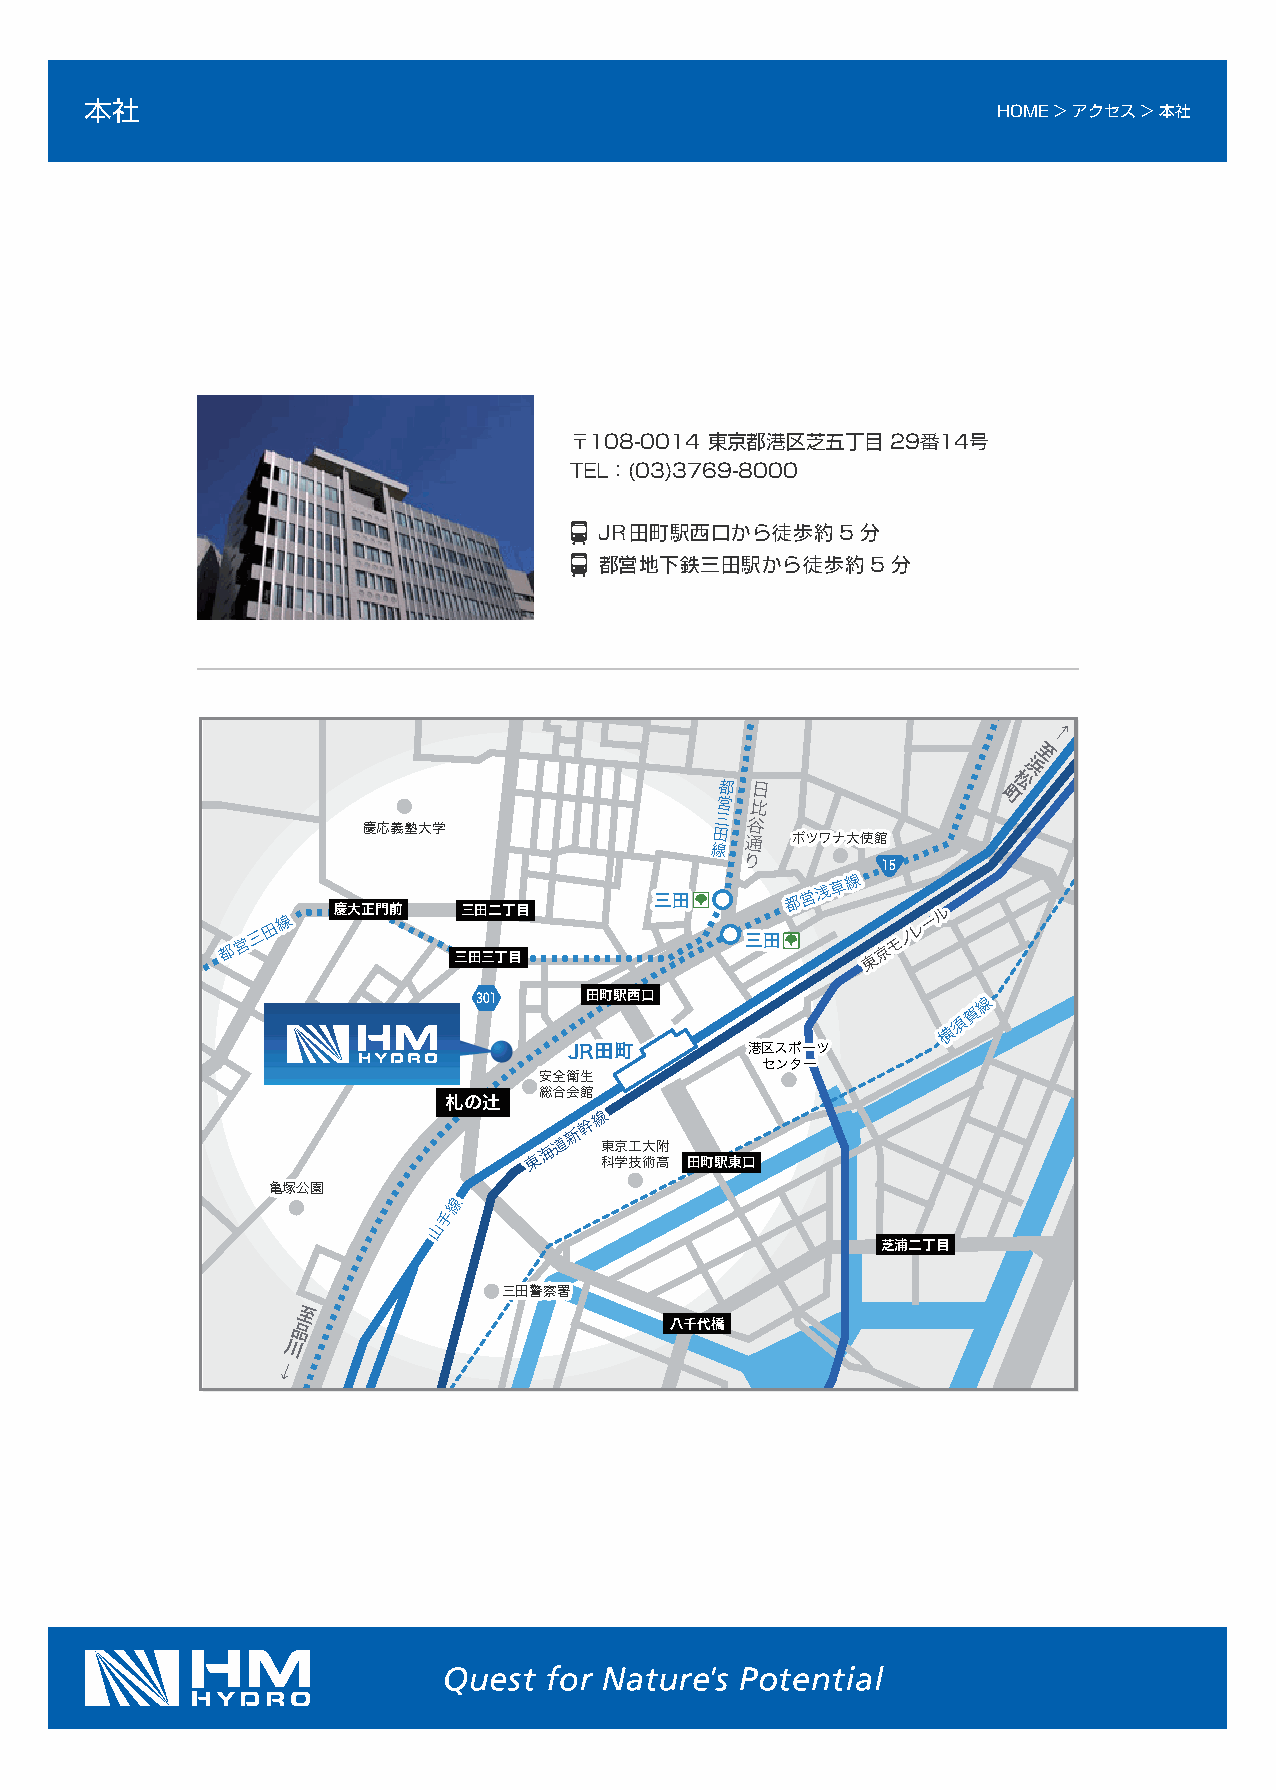
本社                                                          HOME > アクセス > 本社
 〒108-0014 東京都港区芝五丁目  29番14号
 TEL：(03)3769-8000
 JR田町駅西口から徒歩約5分
 都営地下鉄三田駅から徒歩約5分
 ←
 至
 浜
 都 日                松
 営  比               町
 三 谷
 慶慶応応義義塾塾大大学学           田
 通  ボボツツワワナナ大大使使館館
 線
 り
 15
 三三田田
 都都営営浅浅草草線線
 慶大正門前    三田二丁目                          ルル
 線線                                        ーー
 田田                                         レレ
 営営 三三                            三三田田      モモ ノノ
 都都                                         京京
 三田三丁目                       東東
 301    田町駅西口                     線線
 賀賀
 須須
 横横
 JR田田町町     港港区区ススポポーーツツ
 セセンンタターー
 安安全全衛衛生生
 総総合合会会館館
 札の辻
 線線
 幹幹
 新新
 海海 道道 東東京京工工大大附附
 東東   科科学学技技術術高高 田町駅東口
 亀亀塚塚公公園園
 線線
 手手
 山山
 芝浦二丁目
 三三田田警警察察署署
 至
 品                        八千代橋
 川
 →